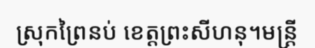
ស្រុកព្រៃនប់ ខេត្តព្រះសីហនុ។មន្ត្រី